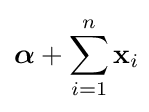
{\boldsymbol {\alpha }}+\sum _{i=1}^{n}\mathbf {x} _{i}\!